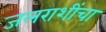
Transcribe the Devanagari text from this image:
जलराशींचा